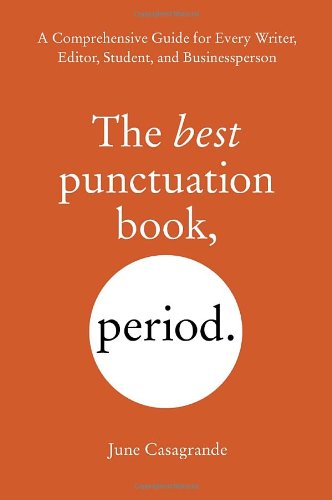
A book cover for The Best Punctuation Book, Period: A Comprehensive Guide for Every Writer, Editor, Student, and Businessperson; June Casagrande; Reference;